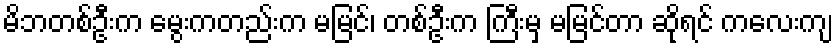
မိဘတစ်ဦးက မွေးကတည်းက မမြင်၊ တစ်ဦးက ကြီးမှ မမြင်တာ ဆိုရင် ကလေးကျ